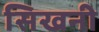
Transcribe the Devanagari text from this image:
सिखनी